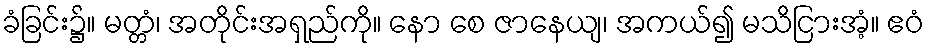
ခံခြင်း၌။ မတ္တံ၊ အတိုင်းအရှည်ကို။ နော စေ ဇာနေယျ၊ အကယ်၍ မသိငြားအံ့။ ဧဝံ